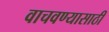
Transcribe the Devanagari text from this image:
वाचवण्‍यासाठी